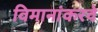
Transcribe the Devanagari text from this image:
विमानांकरवे